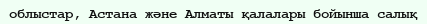
облыстар, Астана және Алматы қалалары бойынша салық